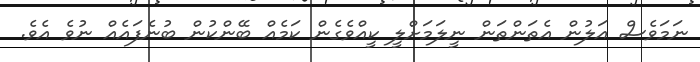
ނަމަވެސް އަލުން އެތަންތަން ނީލަމަށްލީ ކީއްވެގެން ކަމެއް ބޭންކުން ބުނެފައެއް ނުވެ އެވެ.